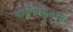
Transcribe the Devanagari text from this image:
पोचलेसुद्धा